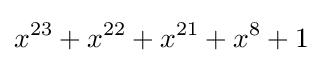
x^{23}+x^{22}+x^{21}+x^{8}+1